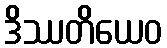
ဒိဿတိယေဝ